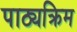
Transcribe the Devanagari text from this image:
पाठ्यक्रिम